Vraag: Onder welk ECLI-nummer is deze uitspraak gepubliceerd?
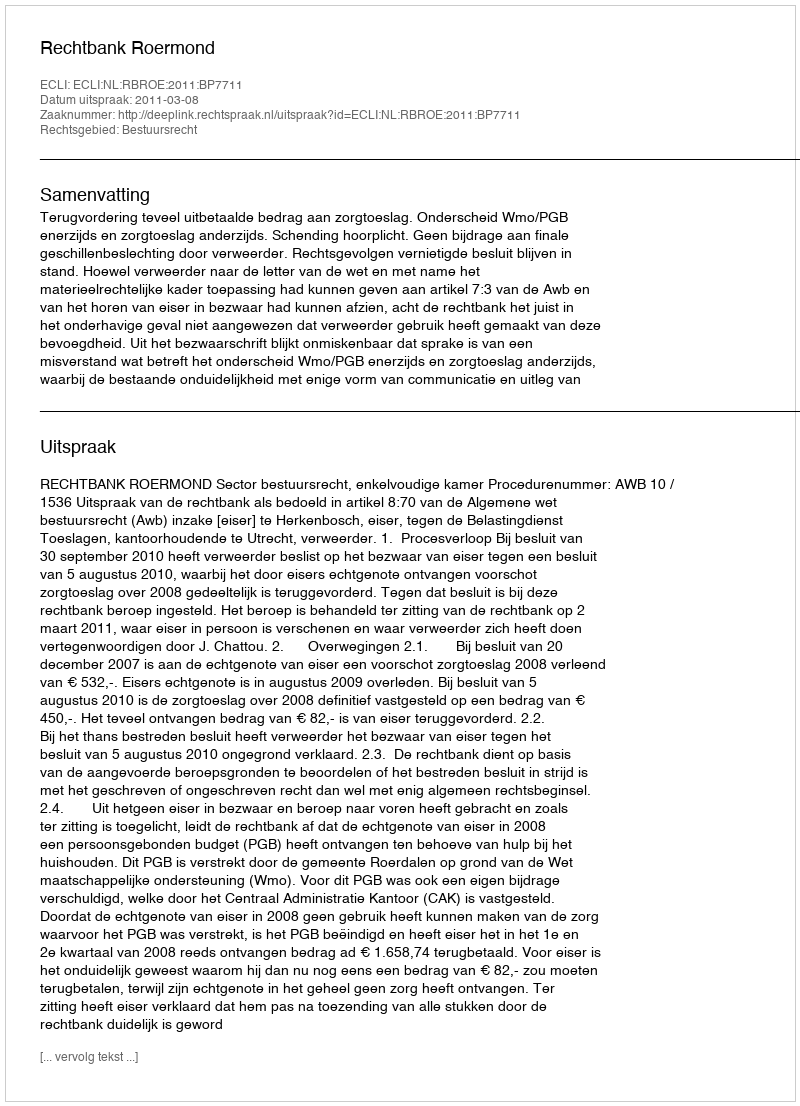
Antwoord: ECLI:NL:RBROE:2011:BP7711